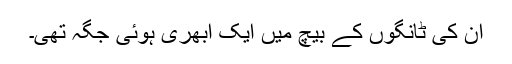
ان کی ٹانگوں کے بیچ میں ایک ابھری ہوئی جگہ تھی۔